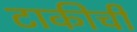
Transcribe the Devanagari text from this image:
टाकीची